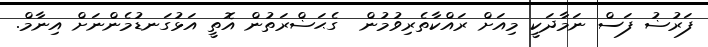
ފަރުޟު ފަސް ނަމާދަކީ މިއަށް ރައްކާތެރިވުމުން  ގެޙަޟްރަތުން އޮތީ އަޅުގަނޑުމެންނަށް އިނާމް.